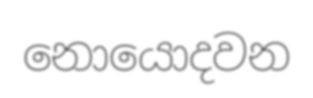
නොයොදවන